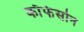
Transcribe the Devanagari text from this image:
काँफेसोन